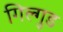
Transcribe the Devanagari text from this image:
गिल्गुड